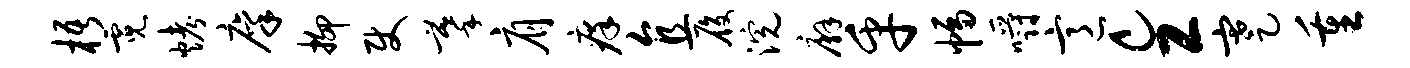
梧霓烤廪抑使摹肩痒直履浣廨乎幅嚼意c工蹇重